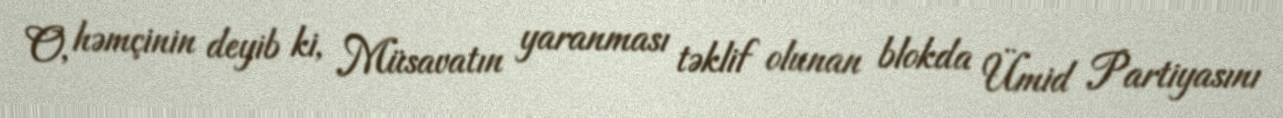
O, həmçinin deyib ki, Müsavatın yaranması təklif olunan blokda Ümid Partiyasını